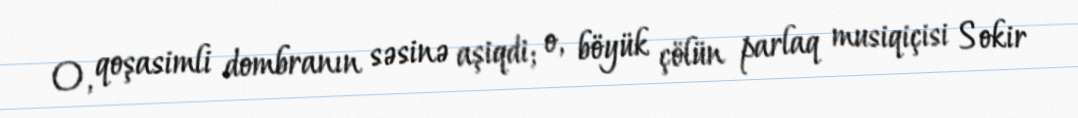
O, qoşasimli dombranın səsinə aşiqdi; o, böyük çölün parlaq musiqiçisi Sokir